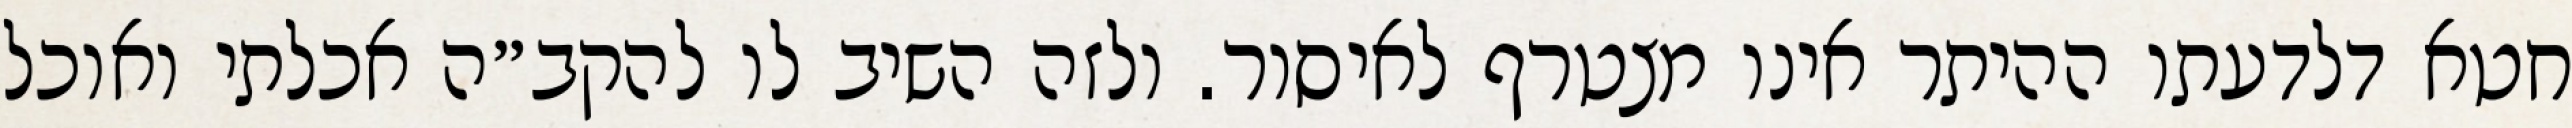
חטא דלדעתו ההיתר אינו מצטרף לאיסור. ולזה השיב לו להקב״ה אכלתי ואוכל